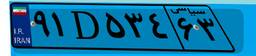
۹۱D۵۳۴۶۳